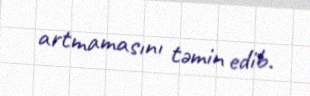
artmamasını təmin edib.